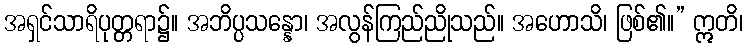
အရှင်သာရိပုတ္တရာ၌။ အဘိပ္ပသန္နော၊ အလွန်ကြည်ညိုသည်။ အဟောသိ၊ ဖြစ်၏။” ဣတိ၊